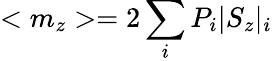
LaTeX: <m_{z}>=2\sum_{i}P_{i}|S_{z}|_{i}